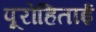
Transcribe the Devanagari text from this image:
पूरोहिताई